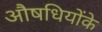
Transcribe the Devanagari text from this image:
औषधियोंके